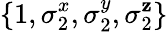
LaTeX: \{ 1,\sigma_{2}^{x},\sigma_{2}^{y},\sigma_{2}^{\mathbf{z}}\}